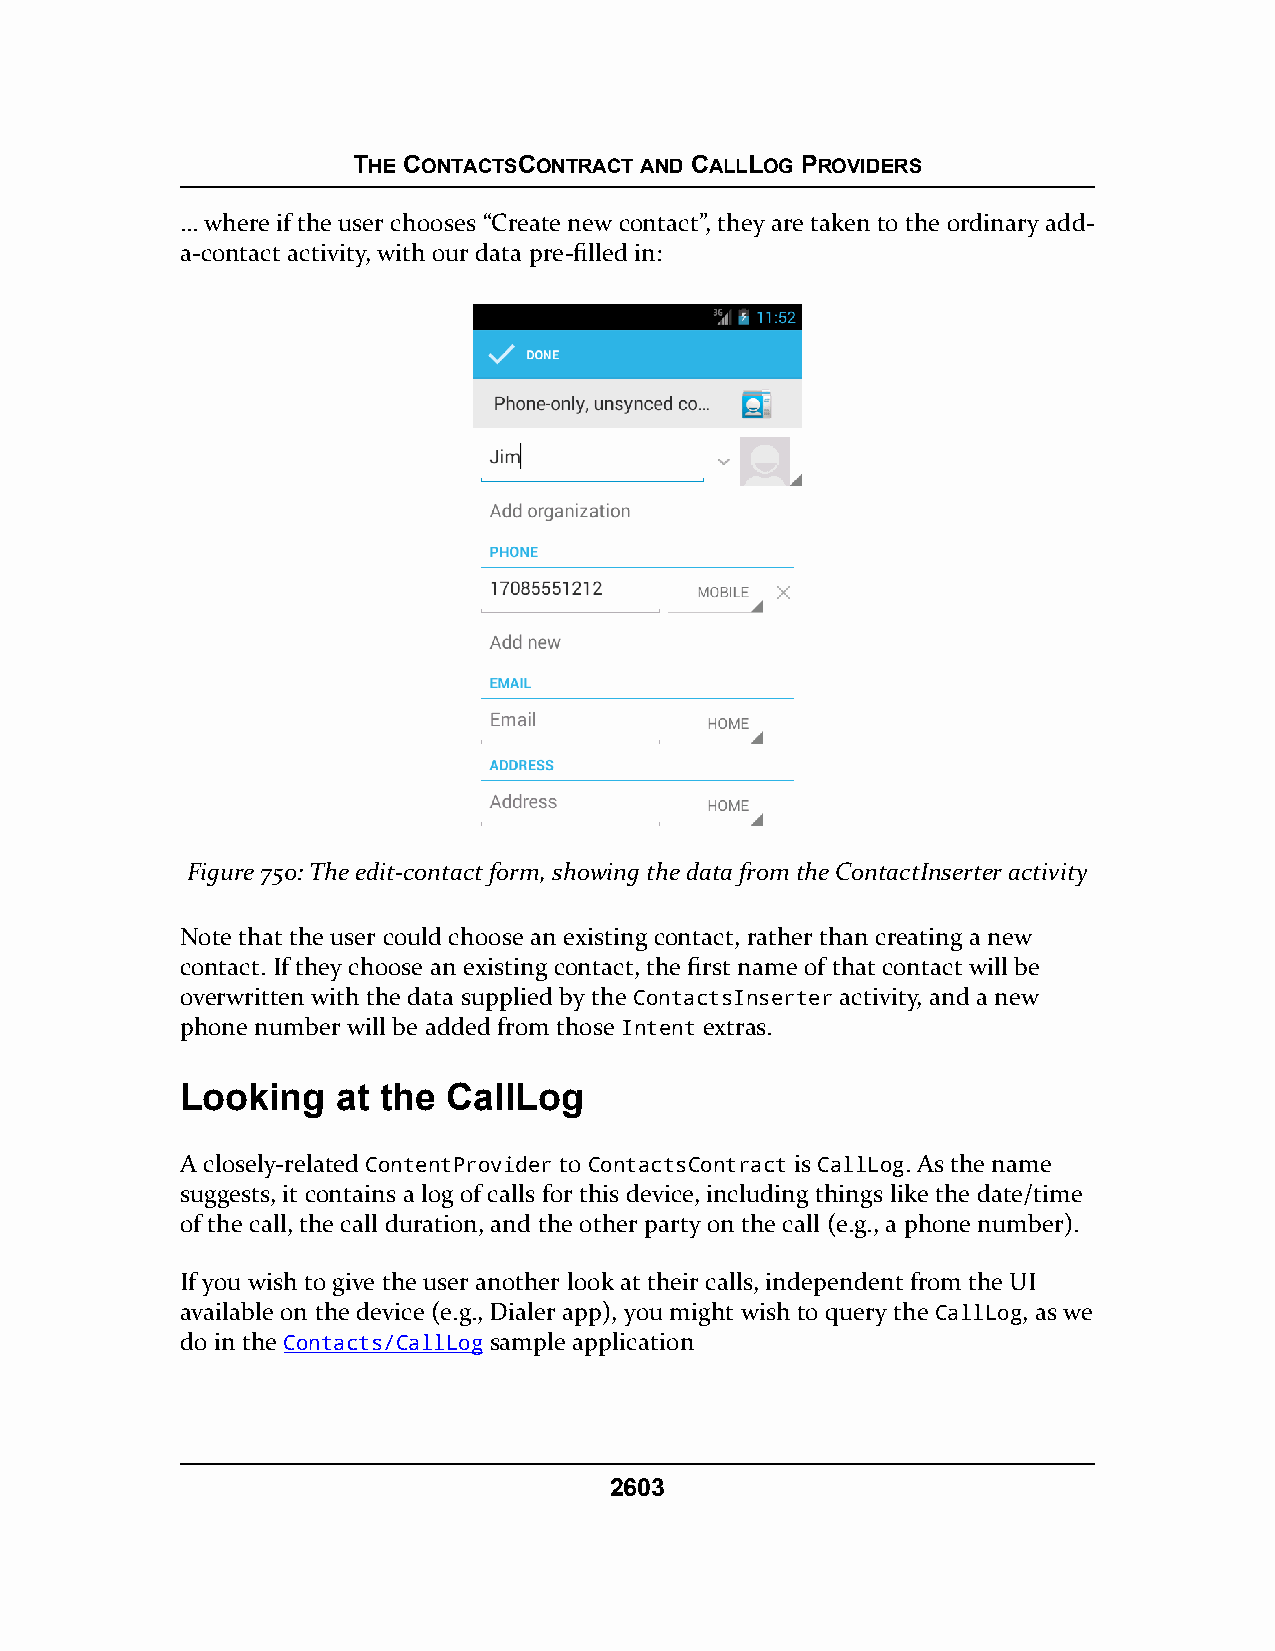
THE CONTACTSCONTRACT AND CALLLOG PROVIDERS
 … where if the user chooses “Create new contact”, they are taken to the ordinary add-
 a-contact activity, with our data pre-filled in:
 Figure 750: The edit-contact form, showing the data from the ContactInserter activity
 Note that the user could choose an existing contact, rather than creating a new
 contact. If they choose an existing contact, the first name of that contact will be
 overwritten with the data supplied by the ContactsInserter activity, and a new
 phone number will be added from those Intent extras.
 Looking   at the  CallLog
 A closely-related ContentProvider to ContactsContract is CallLog. As the name
 suggests, it contains a log of calls for this device, including things like the date/time
 of the call, the call duration, and the other party on the call (e.g., a phone number).
 If you wish to give the user another look at their calls, independent from the UI
 available on the device (e.g., Dialer app), you might wish to query the CallLog, as we
 do in the Contacts/CallLog sample application
 2603